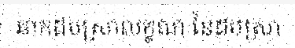
ឆាកដបស្រាលក្ខណៈនៃដបស្រា